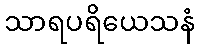
သာရပရိယေသနံ